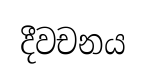
දීවචනය